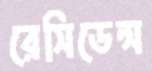
রেসিডেন্স